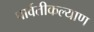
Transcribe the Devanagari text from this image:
पार्वतीकल्याण